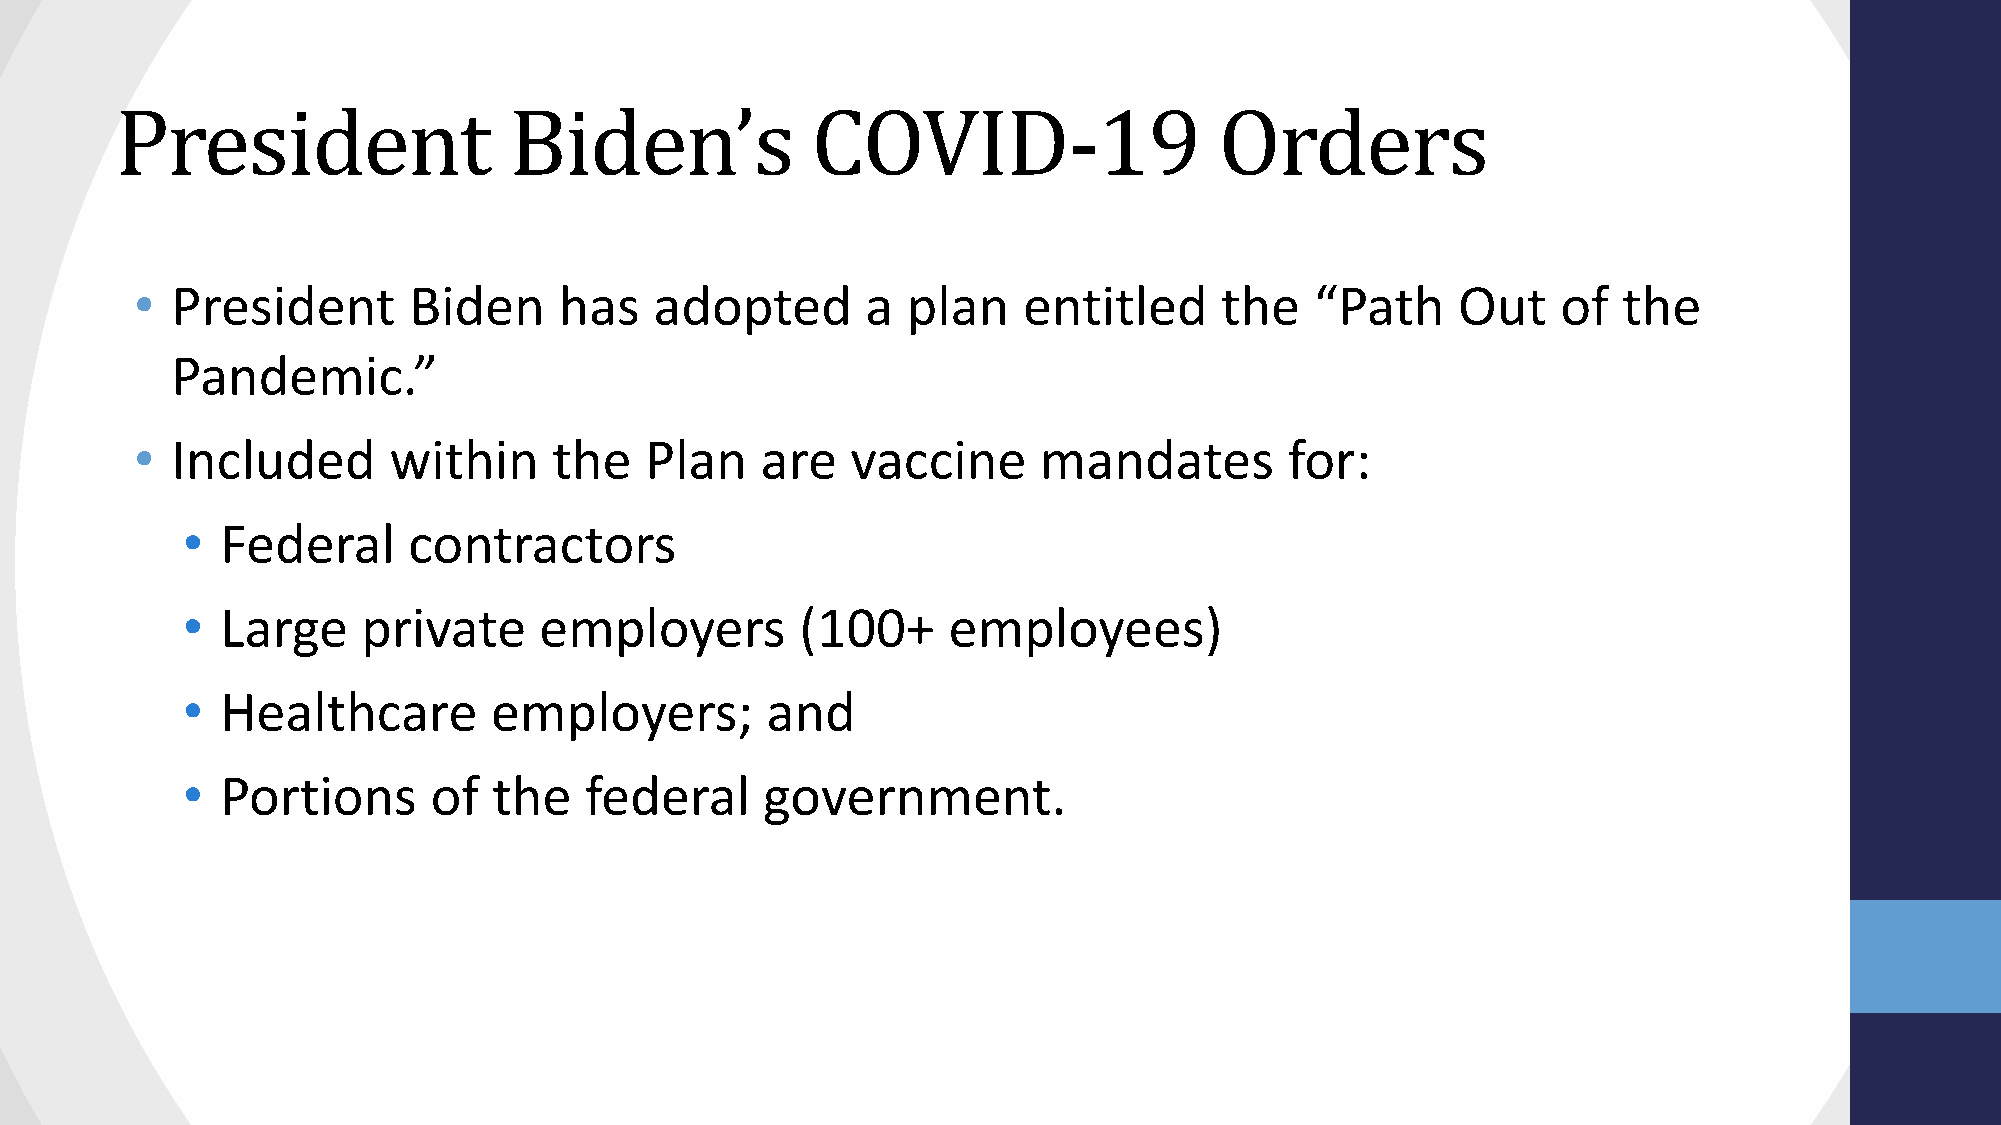
President                 Biden’s             COVID-19                   Orders
 • President       Biden     has   adopted       a  plan    entitled     the   “Path    Out    of  the
 Pandemic.”
 • Included       within     the   Plan   are   vaccine      mandates        for:
 •  Federal     contractors
 •  Large    private     employers        (100+     employees)
 •  Healthcare       employers;         and
 •  Portions      of  the   federal     government.